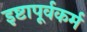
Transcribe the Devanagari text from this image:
इष्टापूर्वकर्म